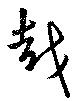
越